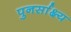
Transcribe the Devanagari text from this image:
पुनर्साक्ष्य